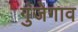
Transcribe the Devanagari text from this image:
गुंजेगाव